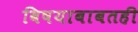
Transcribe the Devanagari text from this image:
विषयाबाबतही